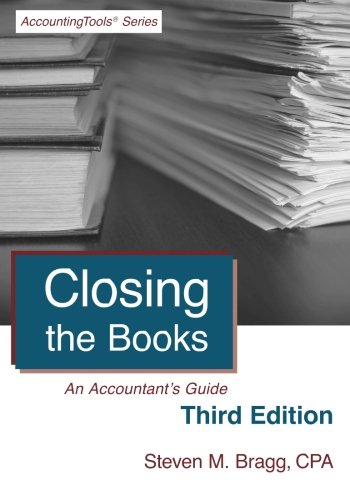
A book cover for Closing the Books: Third Edition: An Accountant's Guide; Steven M. Bragg; Business & Money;